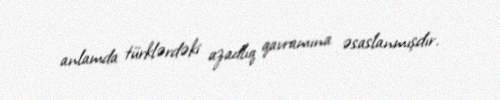
anlamda türklərdəki azadlıq qavramına əsaslanmışdır.